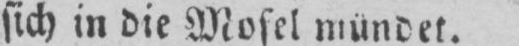
sich in die Mosel mündet.